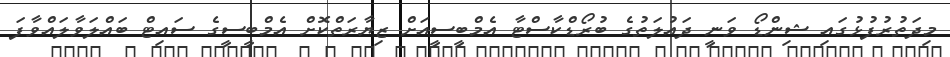
މިދަތުރުފުޅުގައި ޝިންޑޯ ވަނީ ދައުލަތުގެ ބުރޯޑްކާސްޓާ އެމްބީސީއަށް ޒިޔާރަތްކޮށް އެމްބީސީގެ ސައިޓް ބައްލަވާލައްވާފަ